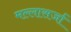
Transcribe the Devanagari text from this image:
मल्लासर्जा